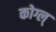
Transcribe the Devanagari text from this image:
कोग्ल्